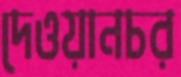
দেওয়ানচর